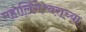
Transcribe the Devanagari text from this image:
महालिंगेश्र्वराच्या